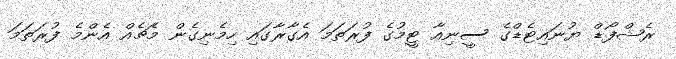
ރެޝްފޯޑް ޔުނައިޓެޑްގެ ސީނިއާ ޓީމުގެ ފުރަތަމަ އެގާރާގައި ހިމެނިގެން މެޗެއް އެންމެ ފުރަތަމަ